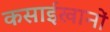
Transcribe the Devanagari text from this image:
कसाईखानों